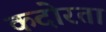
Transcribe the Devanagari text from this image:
कदोरता